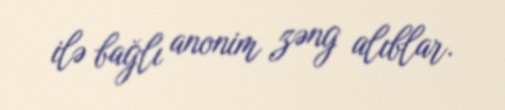
ilə bağlı anonim zəng alıblar.